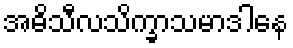
အဓိသီလသိက္ခာသမာဒါနေ